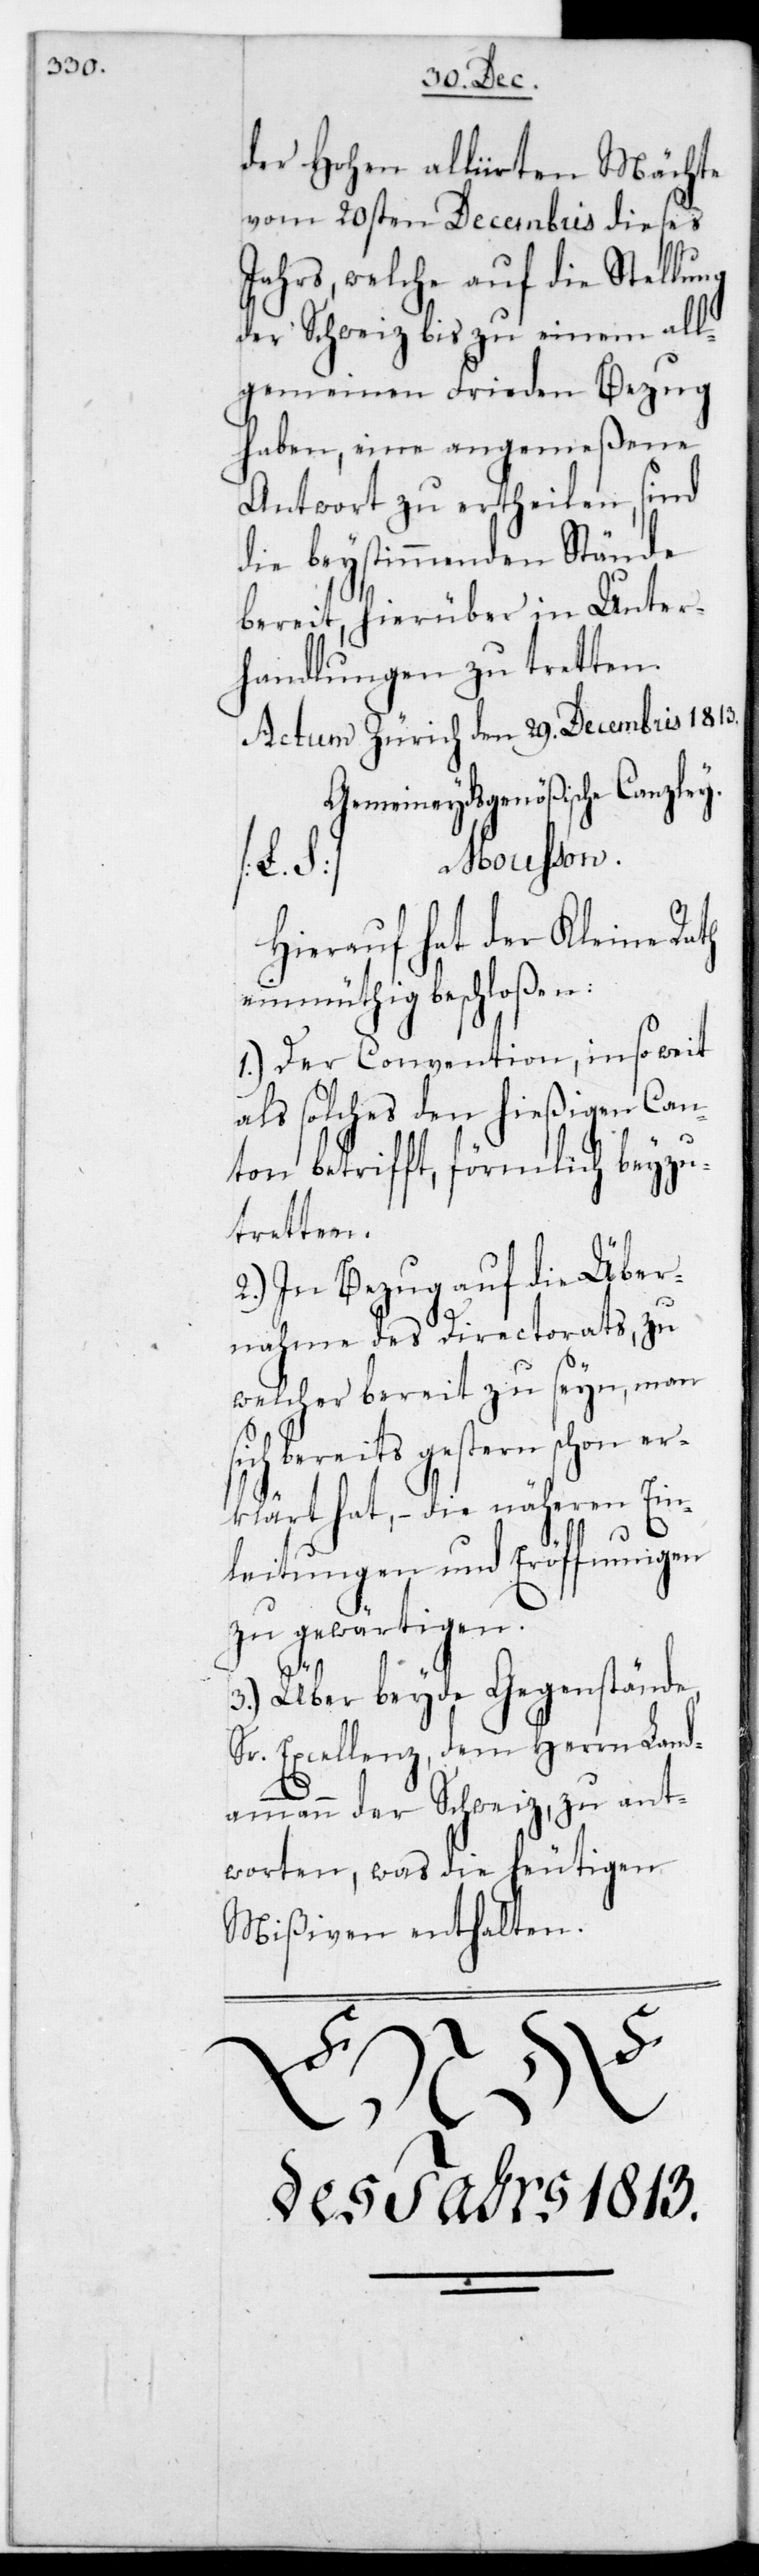
der Hohen Alliirten Mächte
vom 20sten Decembris dieses
Jahrs, welche auf die Stellung
der Schweiz bis zu einem all¬
gemeinen Frieden Bezug
haben, eine angemeßene
Antwort zu ertheilen, sind
die beystimmenden Stände
bereit, hierüber in Unter¬
handlungen zu tretten.
Actum Zürich den 29sten Decembris 1813.
Gemeineydsgenößische Canzle¬
Mousson.
Hierauf hat der Kleine Rath
einmüthig beschloßen:
1.) Der Convention, in so weit
als solches den hießigen Can¬
ton betrifft, förmlich beyzu¬
tretten.
2.) In Bezug auf die Über¬
nahme des Directorats, zu
welcher bereit zu seyn, man
ich bereits gestern schon er¬
klärt hat, – die näheren Ein¬
leitungen und Eröffnungen
zu gewärtigen.
3.) Über beyde Gegenstände,
Sr. Excellenz, dem Herrn Land¬
ammann der Schweiz, zu ant¬
worten, was die heutigen
Mißiven enthalten.
s¬